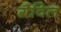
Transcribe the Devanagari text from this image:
ग्रैविल